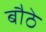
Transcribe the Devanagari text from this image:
बौठे